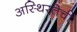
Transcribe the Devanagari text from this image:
अस्थिरतेची